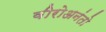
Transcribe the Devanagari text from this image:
वीरोअनंतो